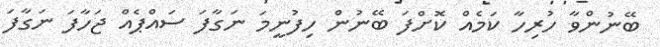
ބޭނުންވާ ހުރިހާ ކަމެއް ކޮށްފަ ބޭނުން ހިފުނީމަ ނަގާފަ ސައްޕެއް ޖަހާފަ ނަގާފަ